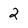
Character: 2